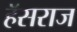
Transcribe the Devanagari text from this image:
हॅसराज